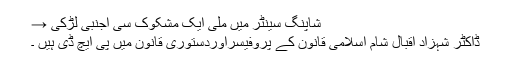
شاپنگ سینٹر میں ملی ایک مشکوک سی اجنبی لڑکی →
ڈاکٹر شہزاد اقبال شام اسلامی قانون کے پروفیسراوردستوری قانون میں پی ایچ ڈی ہیں ۔